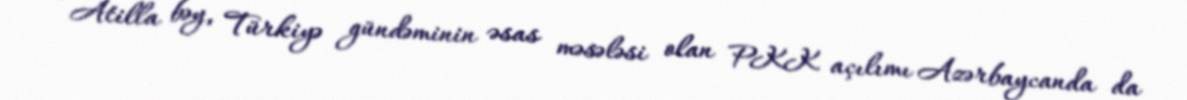
- Atilla bəy, Türkiyə gündəminin əsas məsələsi olan PKK açılımı Azərbaycanda da